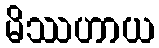
မိဿဟာယ